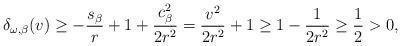
LaTeX: \begin{align*}\delta_{\omega,\beta}(v)\geq -\frac{s_{\beta}}{r}+1+\frac{c_{\beta}^2}{2r^2}=\frac{v^2}{2r^2}+1\geq 1-\frac{1}{2r^2}\geq \frac{1}{2}>0,\end{align*}